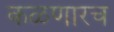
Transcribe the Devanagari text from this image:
कळणारच